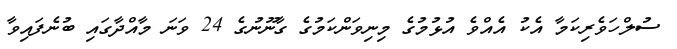
ސުލްހަވެރިކަމާ އެކު އެއްވެ އުޅުމުގެ މިނިވަންކަމުގެ ގާނޫނުގެ 24 ވަނަ މާއްދާގައި ބުނެފައިވާ